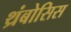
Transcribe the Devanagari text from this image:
थ्रंबोसिस